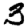
Digit: 3